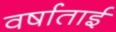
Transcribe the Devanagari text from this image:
वर्षाताई